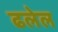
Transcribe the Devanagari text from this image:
ढलेल